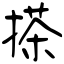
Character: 搽